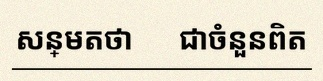
សន្មតថា x ជាចំនួនពិត